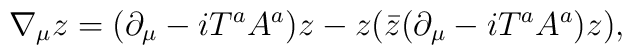
\nabla_\mu z =  (\partial_\mu - iT^aA^a)z - z (\bar{z}(\partial_\mu - iT^aA^a)z ),